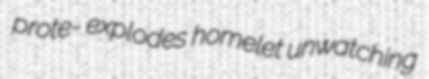
prote- explodes homelet unwatching